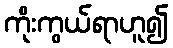
ကိုးကွယ်ရာဟူ၍